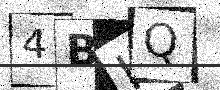
Text: 4BIQ